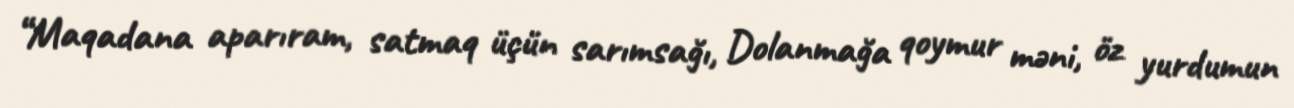
“Maqadana aparıram, satmaq üçün sarımsağı, Dolanmağa qoymur məni, öz yurdumun